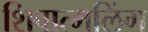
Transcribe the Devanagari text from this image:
शिवात्मलिंग